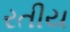
રતીય